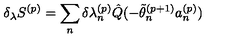
\delta _ { \lambda } S ^ { ( p ) } = \sum _ { n } ^ { } \delta { \lambda _ { n } ^ { ( p ) } } \hat { Q } ( - \tilde { \theta } _ { n } ^ { ( p + 1 ) } a _ { n } ^ { ( p ) } )